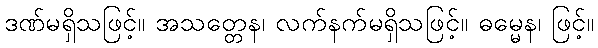
ဒဏ်မရှိသဖြင့်။ အသတ္တေန၊ လက်နက်မရှိသဖြင့်။ ဓမ္မေန၊ ဖြင့်။